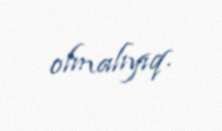
olmalıyıq.